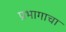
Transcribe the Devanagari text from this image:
प्रभागाचा